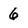
Character: 6